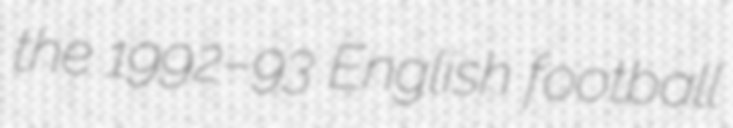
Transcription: the 1992–93 English football